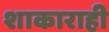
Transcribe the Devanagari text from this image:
शाकाराही